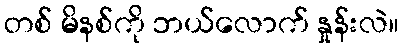
တစ် မိနစ်ကို ဘယ်လောက် နှုန်းလဲ။